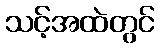
သင့်အထဲတွင်